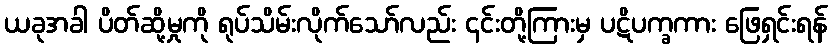
ယခုအခါ ပိတ်ဆို့မှုကို ရုပ်သိမ်းလိုက်သော်လည်း ၎င်းတို့ကြားမှ ပဋိပက္ခကား ဖြေရှင်းရန်